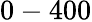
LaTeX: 0-400